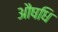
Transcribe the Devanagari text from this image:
औषधि